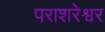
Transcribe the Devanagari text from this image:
पराशरेश्वर